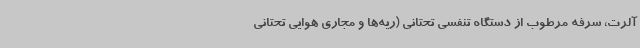
آلرت، سرفه مرطوب از دستگاه تنفسی تحتانی (ریه‌ها و مجاری هوایی تحتانی